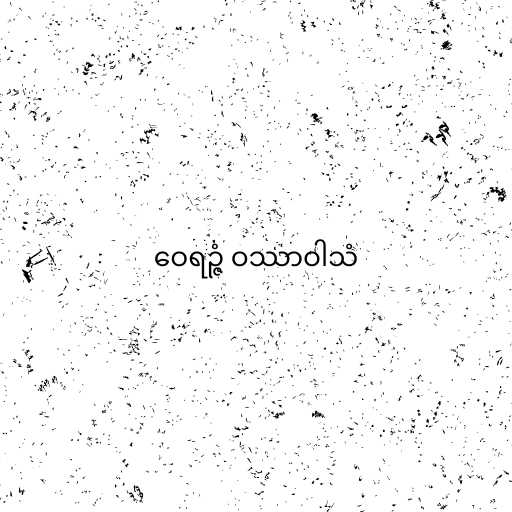
ဝေရဉ္ဇံ ဝဿာဝါသံ